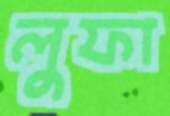
লুফা